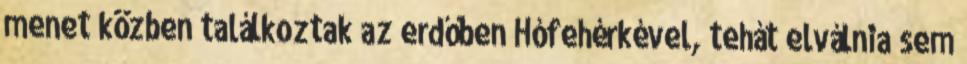
menet közben találkoztak az erdőben Hófehérkével, tehát elválnia sem